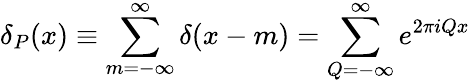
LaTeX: \delta_{P}(x)\equiv\sum_{m=-\infty}^{\infty}\delta(x-m)=\sum_{Q=-\infty}^{\infty}e^{2\pi iQx}